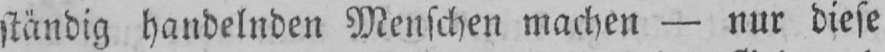
ständig handelnden Menschen machen - nur diese